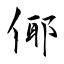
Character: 倻